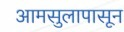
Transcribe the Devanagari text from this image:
आमसुलापासून